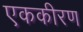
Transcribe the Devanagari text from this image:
एककीरण